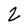
Character: 2